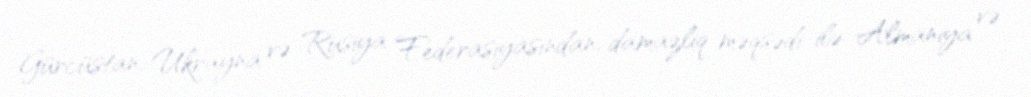
Gürcüstan, Ukrayna və Rusiya Federasiyasından, damazliq məqsədi ilə Almaniya və